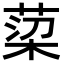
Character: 𮏿